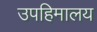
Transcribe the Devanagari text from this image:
उपहिमालय